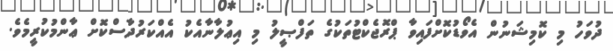
ދުވަހު މި ކޮމިޝަނުން އެވޯޑުކޮށްފައިވާ ޕްރޮޖެކްޓުތަކުގެ ތަފްޞީލު މި އިޢުލާނާއެކު އެއްކަރުދާސްކޮށް ޢާންމުކުރީމެވެ.